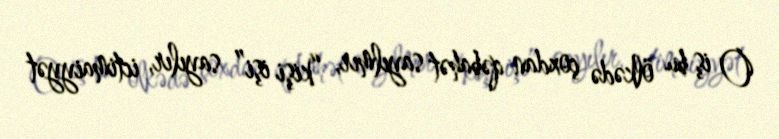
O iş bu ölkədə çoxdan qəbahət sayılmır, “kişi işi” sayılır, ictimaiyyət